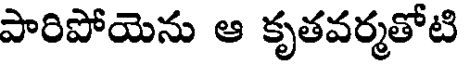
పారిపోయెను ఆ కృతవర్మతోటి